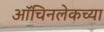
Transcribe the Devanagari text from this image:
ऑचिनलेकच्या